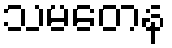
သမတေန